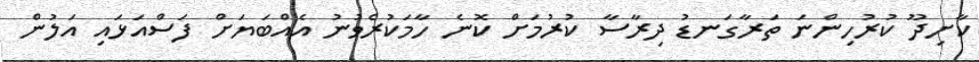
ކާށިދޫ ކުރުހިންނަ ތަރާގަނޑު ދިރާސާ ކުރުމަށް ކޮނެ ހާމަކުރެވުނު އެއްބަޔަށް ފަސްއަޅައި އަލުން